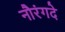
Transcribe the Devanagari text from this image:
नौरंगदे